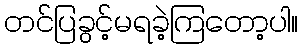
တင်ပြခွင့်မရခဲ့ကြတော့ပါ။